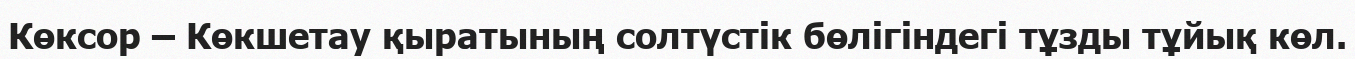
Көксор – Көкшетау қыратының солтүстік бөлігіндегі тұзды тұйық көл.